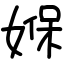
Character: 媬